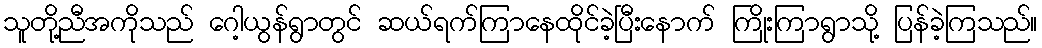
သူတို့ညီအကိုသည် ဂေါ့ယွန်ရွာတွင် ဆယ်ရက်ကြာနေထိုင်ခဲ့ပြီးနောက် ကြိုးကြာရွာသို့ ပြန်ခဲ့ကြသည်။